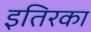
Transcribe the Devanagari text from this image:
इतिरका